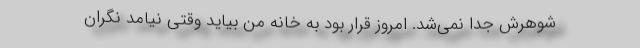
شوهرش جدا نمی‌شد. امروز قرار بود به خانه من بیاید وقتی نیامد نگران